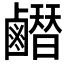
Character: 𪊂